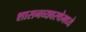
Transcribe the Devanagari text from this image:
शासनव्यवस्थेमध्ये